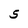
Character: 5